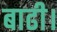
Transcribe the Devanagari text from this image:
बाढी।